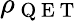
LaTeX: \rho_{\mathrm{~Q~E~T~}}